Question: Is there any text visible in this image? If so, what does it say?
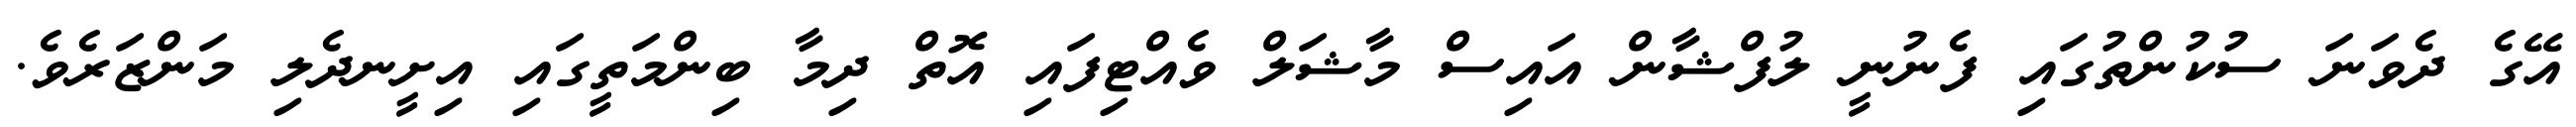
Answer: އޭގެ ދެވަނަ ސުކުންތުގައި ފެނުނީ ލުފްޝާން އައިސް މާޝަލް ވެއްޓިފައި އޮތް ދިމާ ބިންމަތީގައި އިށީނދެލި މަންޒަރެވެ.